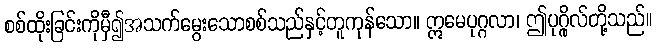
စစ်ထိုးခြင်းကိုမှီ၍အသက်မွေးသောစစ်သည်နှင့်တူကုန်သော။ ဣမေပုဂ္ဂလာ၊ ဤပုဂ္ဂိုလ်တို့သည်။